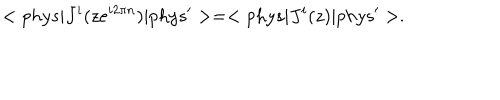
< p h y s | J ^ { i } ( z e ^ { i 2 \pi n } ) | p h y s ^ { \prime } > = < p h y s | J ^ { i } ( z ) | p h y s ^ { \prime } > .